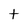
Character: t